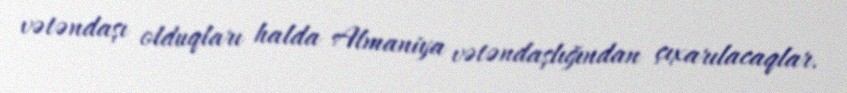
vətəndaşı olduqları halda Almaniya vətəndaşlığından çıxarılacaqlar.